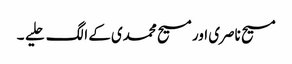
مسیح ناصری اور مسیح محمدی کے الگ حلیے ۔